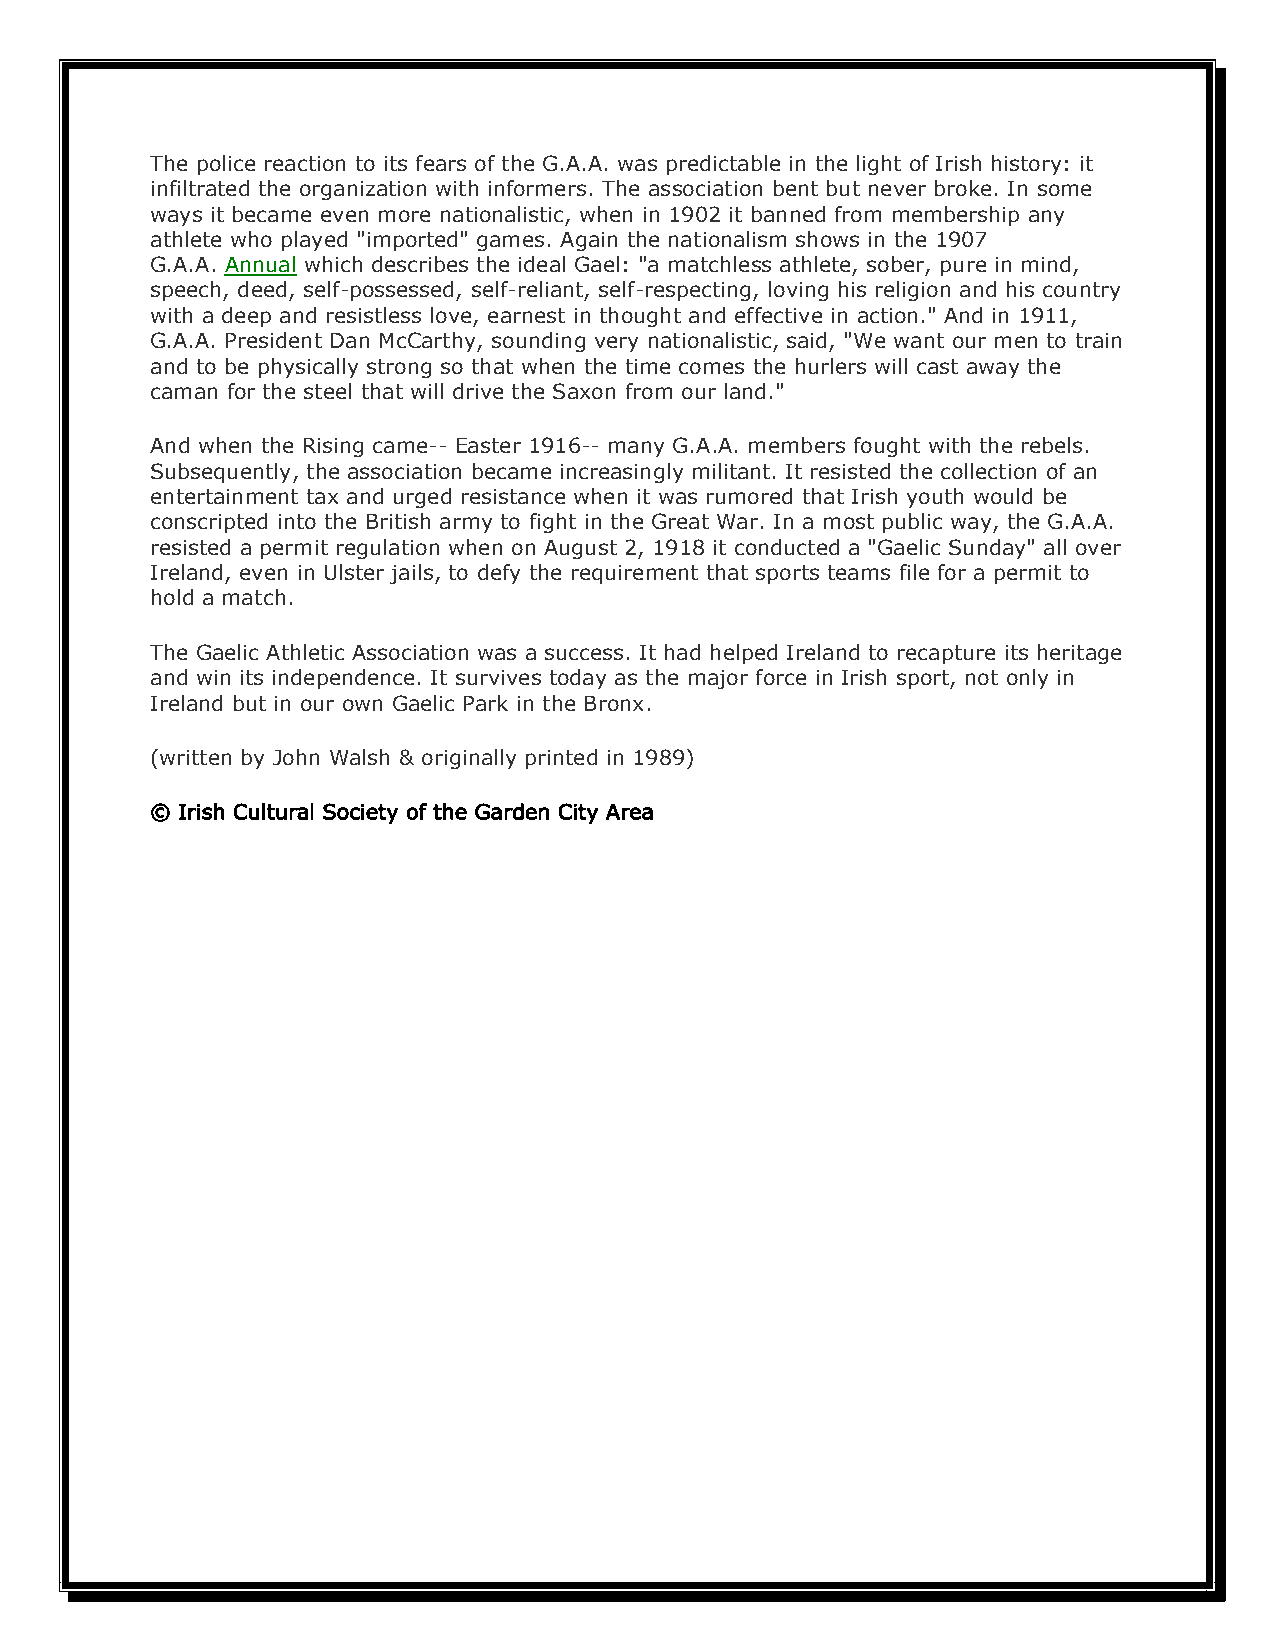
The police reaction to its fears of the G.A.A. was predictable in the light of Irish history: it
 infiltrated the organization with informers. The association bent but never broke. In some
 ways it became even more nationalistic, when in 1902 it banned from membership any
 athlete who played "imported" games. Again the nationalism shows in the 1907
 G.A.A. Annual which describes the ideal Gael: "a matchless athlete, sober, pure in mind,
 speech, deed, self-possessed, self-reliant, self-respecting, loving his religion and his country
 with a deep and resistless love, earnest in thought and effective in action." And in 1911,
 G.A.A. President Dan McCarthy, sounding very nationalistic, said, "We want our men to train
 and to be physically strong so that when the time comes the hurlers will cast away the
 caman for the steel that will drive the Saxon from our land."
 And when the Rising came-- Easter 1916-- many G.A.A. members fought with the rebels.
 Subsequently, the association became increasingly militant. It resisted the collection of an
 entertainment tax and urged resistance when it was rumored that Irish youth would be
 conscripted into the British army to fight in the Great War. In a most public way, the G.A.A.
 resisted a permit regulation when on August 2, 1918 it conducted a "Gaelic Sunday" all over
 Ireland, even in Ulster jails, to defy the requirement that sports teams file for a permit to
 hold a match.
 The Gaelic Athletic Association was a success. It had helped Ireland to recapture its heritage
 and win its independence. It survives today as the major force in Irish sport, not only in
 Ireland but in our own Gaelic Park in the Bronx.
 (written by John Walsh & originally printed in 1989)
 © Irish Cultural Society of the Garden City Area